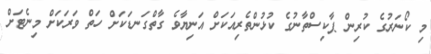
މި ކޯނަރުގެ ކުރިން ޕާކިސްތާނުގެ ކުޅުންތެރިއަކަށް އަނިޔާވެ ގާތްގަނޑަކަށް ހަތް ވަރަކަށް މިނެޓަށް